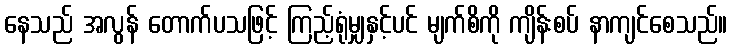
နေသည် အလွန် တောက်ပသဖြင့် ကြည့်ရုံမျှနှင့်ပင် မျက်စိကို ကျိန်းစပ် နာကျင်စေသည်။